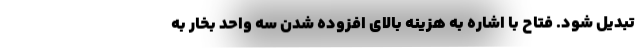
تبدیل شود. فتاح با اشاره به هزینه بالای افزوده شدن سه واحد بخار به